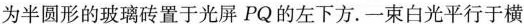
为半圆形的玻璃砖置于光屏PQ的左下方.一束白光平行于横